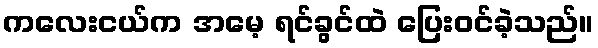
ကလေးငယ်က အမေ့ ရင်ခွင်ထဲ ပြေးဝင်ခဲ့သည်။